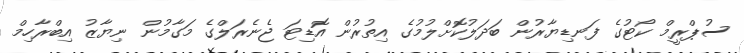
ސުޕްރީމް ކޯޓުގެ ފަނޑިޔާރުން ބަދަލުކޮށްލުމުގެ އިތުރުން އޮޑިޓަ ޖެނެރަލްގެ މަގާމުން ނިޔާޒު އިބްރާހިމް